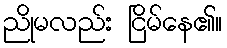
ညိုမလည်း ငြိမ်နေ၏။